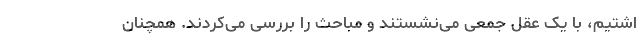
اشتیم، با یک عقل جمعی می‌نشستند و مباحث را بررسی می‌کردند. همچنان